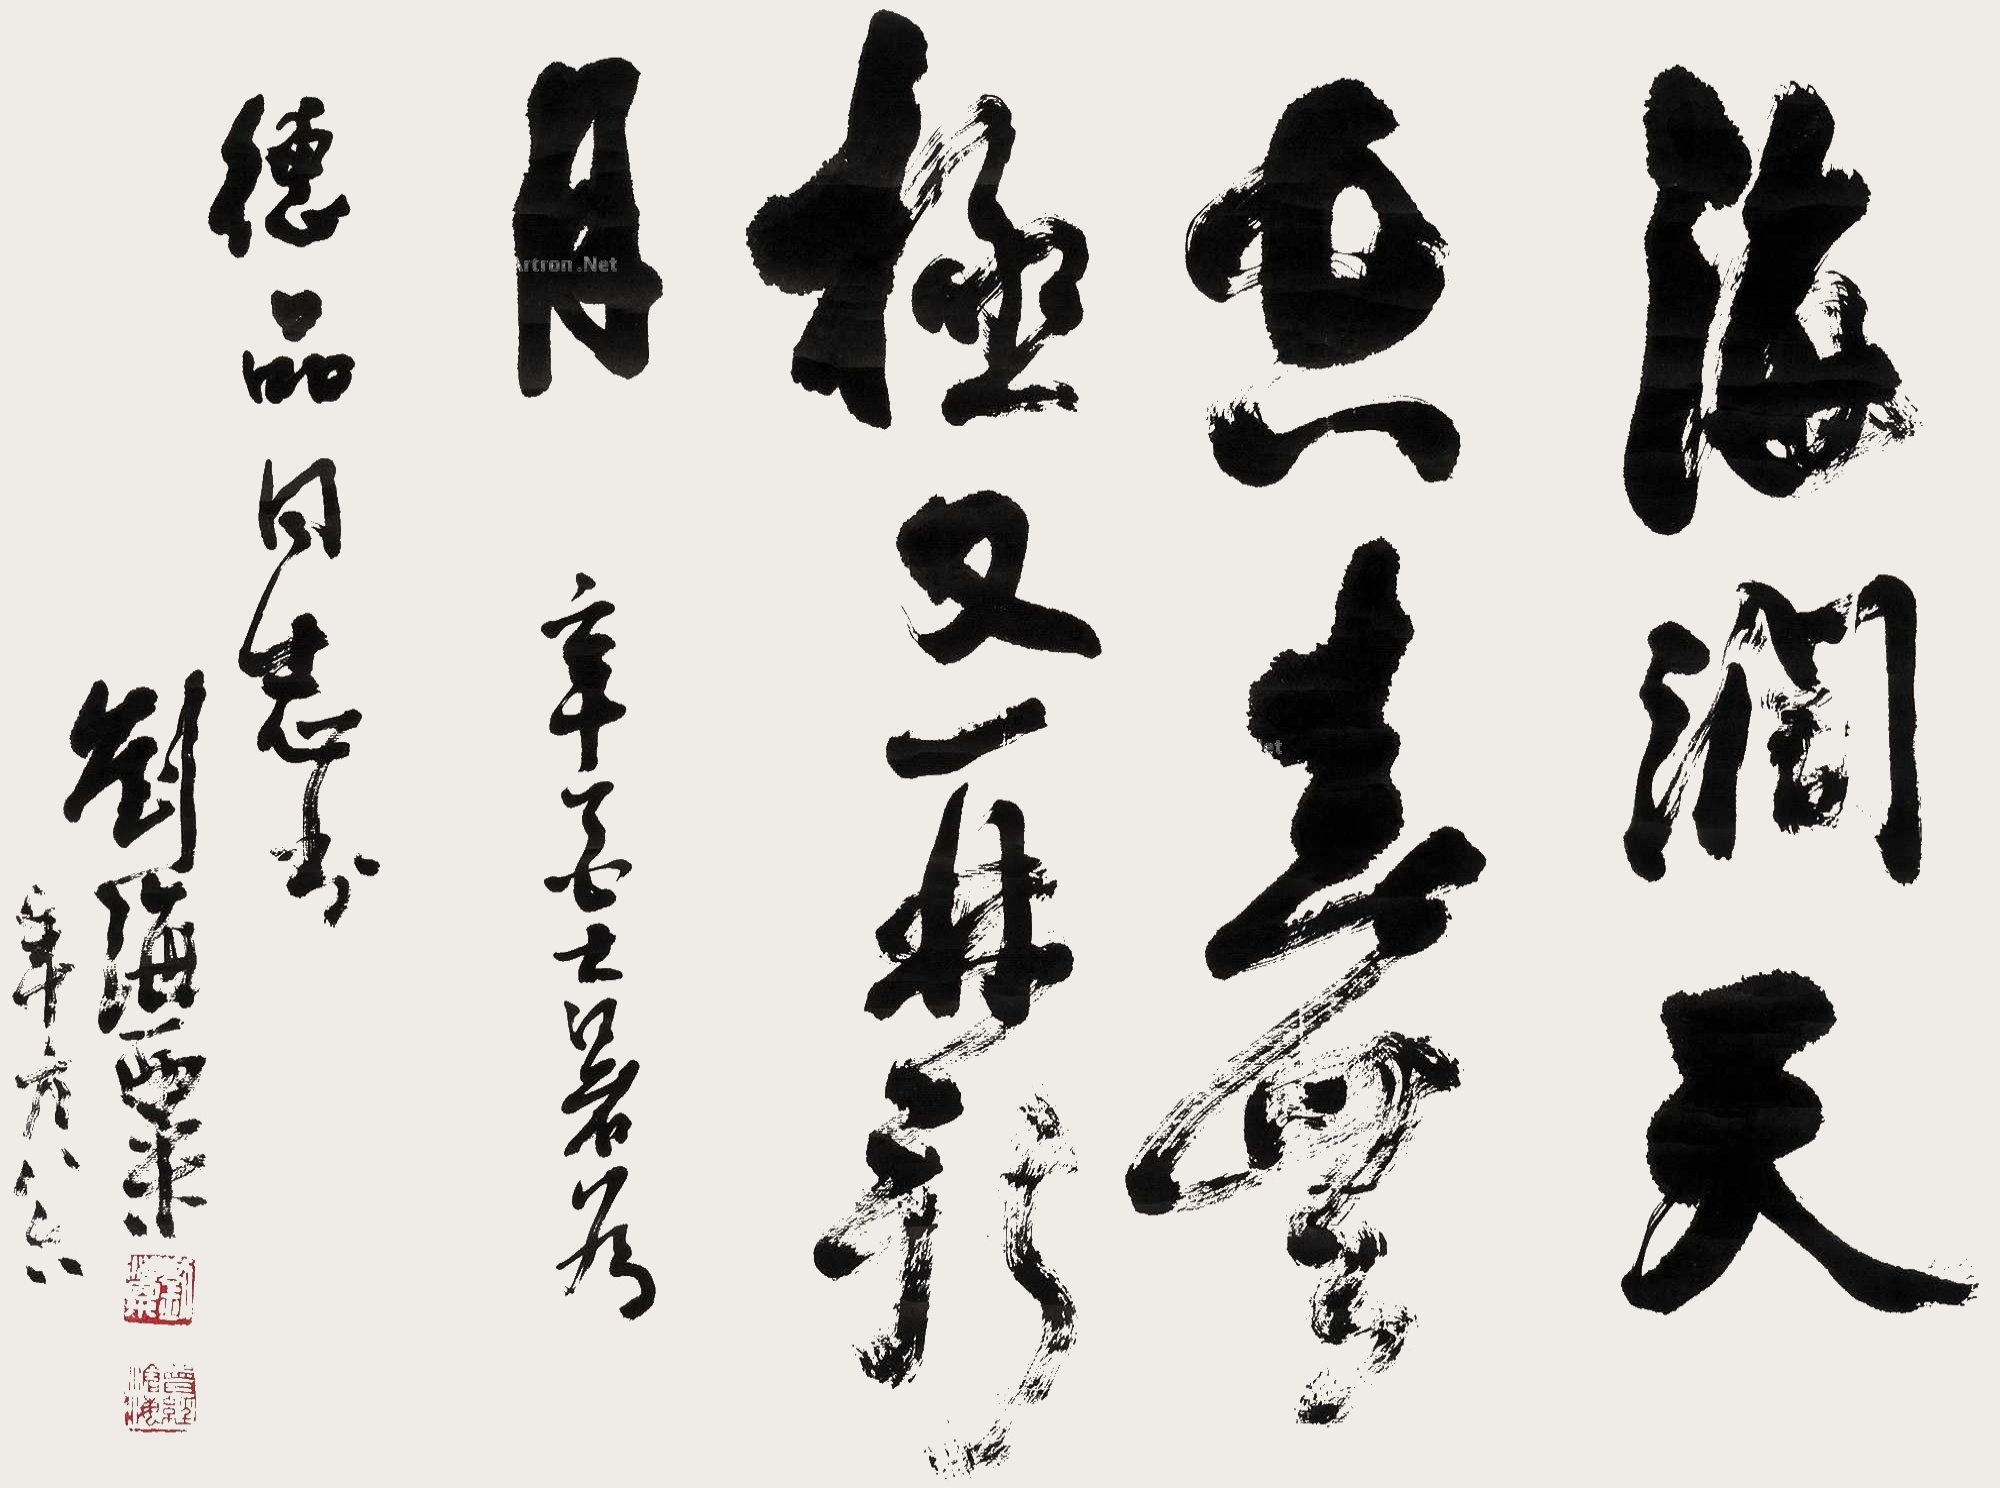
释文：海阔天空春无极，又一林、新月。辛酉大暑为德品同志书，刘海粟年方八六。